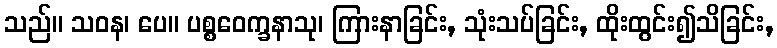
သည်။ သဝန၊ ပေ။ ပစ္စဝေက္ခနာသု၊ ကြားနာခြင်း, သုံးသပ်ခြင်း, ထိုးထွင်း၍သိခြင်း,